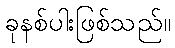
ခုနစ်ပါးဖြစ်သည်။